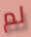
لم